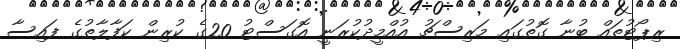
ރިޕޯޓުތައް ބުނާ ގޮތުގައި މަރިސްޗު އުއްމީދުކުރަނީ އޮގަސްޓު 20ގެ ކުރިން ކަފާލާތުގެ ފައިސާ